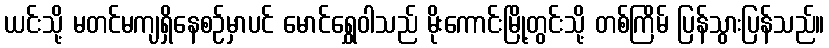
ယင်းသို့ မတင်မကျရှိနေစဉ်မှာပင် မောင်ရွှေဝါသည် မိုးကောင်းမြို့တွင်းသို့ တစ်ကြိမ် ပြန်သွားပြန်သည်။